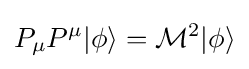
P_{\mu }P^{\mu }\vert \phi \rangle ={\mathcal {M}}^{2}\vert \phi \rangle